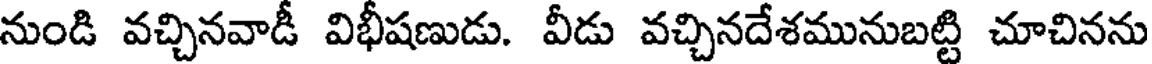
నుండి వచ్చినవాడీ విభీషణుడు. వీడు వచ్చినదేశమునుబట్టి చూచినను